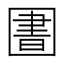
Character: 圕